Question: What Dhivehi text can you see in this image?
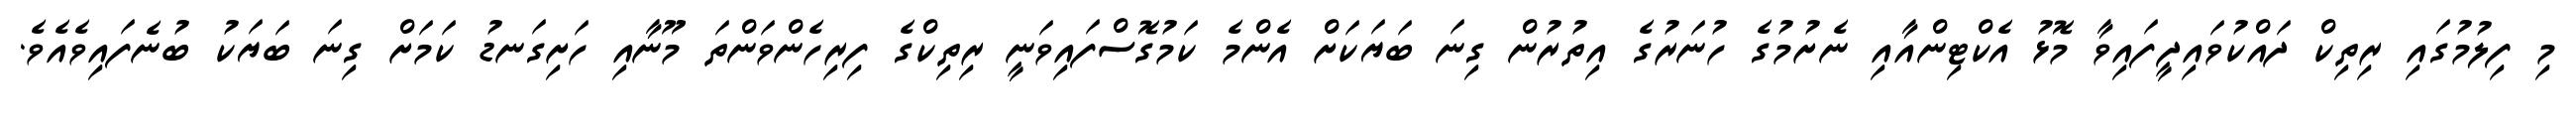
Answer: މި ފިލުމުގައި ރިތިކް ދައްކުވައިދީފައިވާ މޮޅު އެކްޓިންއާއި ނެށުމުގެ ހުނަރުގެ އިތުރުން ގިނަ ބަޔަކަށް އެންމެ ކަމުގޮސްފައިވަނީ ރިތިކްގެ ފިރިހެންވަންތަ މޫނާއި ހަށިގަނޑު ކަމަށް ގިނަ ބަޔަކު ބުނެފައިވެއެވެ.